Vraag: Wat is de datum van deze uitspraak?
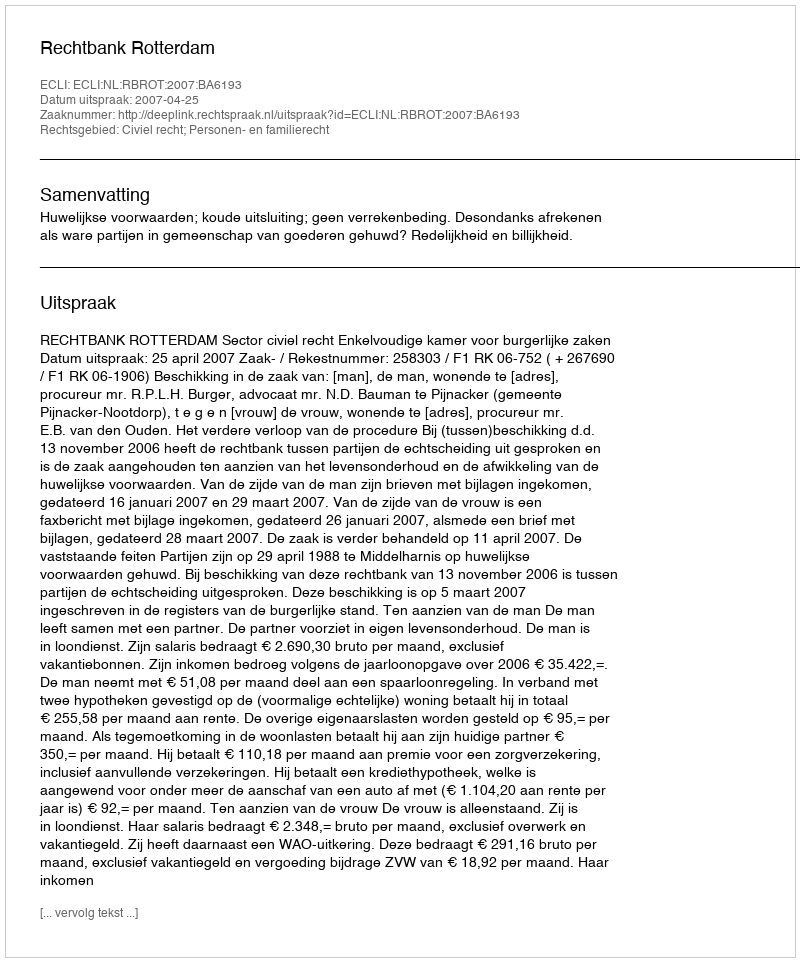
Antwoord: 2007-04-25